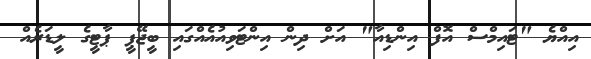
އިއްޔެ "ޓައިމްސް އޮފް އިންޑިއާ" އަށް ދިން އިންޓަވިއުއެއްގައި ބީޖޭޕީ ޕާޓީގެ ލީޑަރެއް